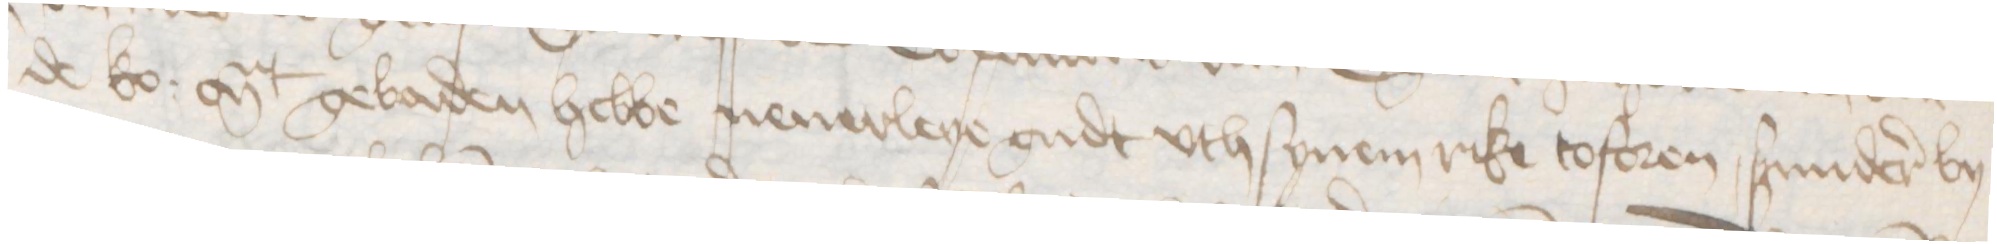
de ko: Mt gebaden hebbe nenerleye gudt vth synem rike toforen, sunderer by